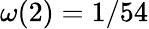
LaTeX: \omega(2)=1/54